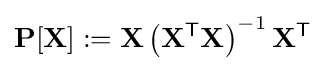
\mathbf {P} [\mathbf {X} ]:=\mathbf {X} \left(\mathbf {X} ^{\textsf {T}}\mathbf {X} \right)^{-1}\mathbf {X} ^{\textsf {T}}